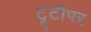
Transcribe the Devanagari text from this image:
टूटीपर